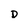
Character: D